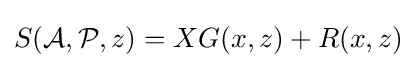
S({\mathcal {A}},{\mathcal {P}},z)=XG(x,z)+R(x,z)